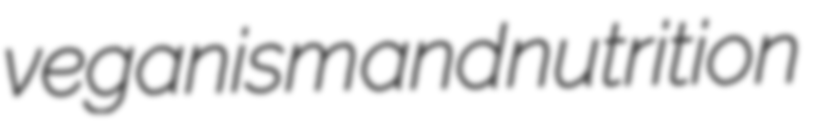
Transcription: veganism and nutrition